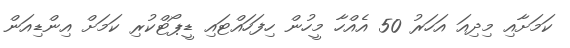
ކަމަށާއި މިދިއަ އަހަރު 50 އެއްހާ މީހުން ހިފަހައްޓައި ޑީޕޯޓްކުރި ކަމަށް އިންޑިއަން